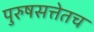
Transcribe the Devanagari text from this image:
पुरुषसत्तेतच